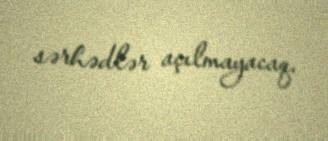
sərhədlər açılmayacaq.